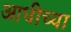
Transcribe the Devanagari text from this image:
आधीच्‍या